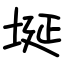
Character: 埏